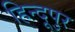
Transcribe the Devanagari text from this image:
हिन्दूपुर